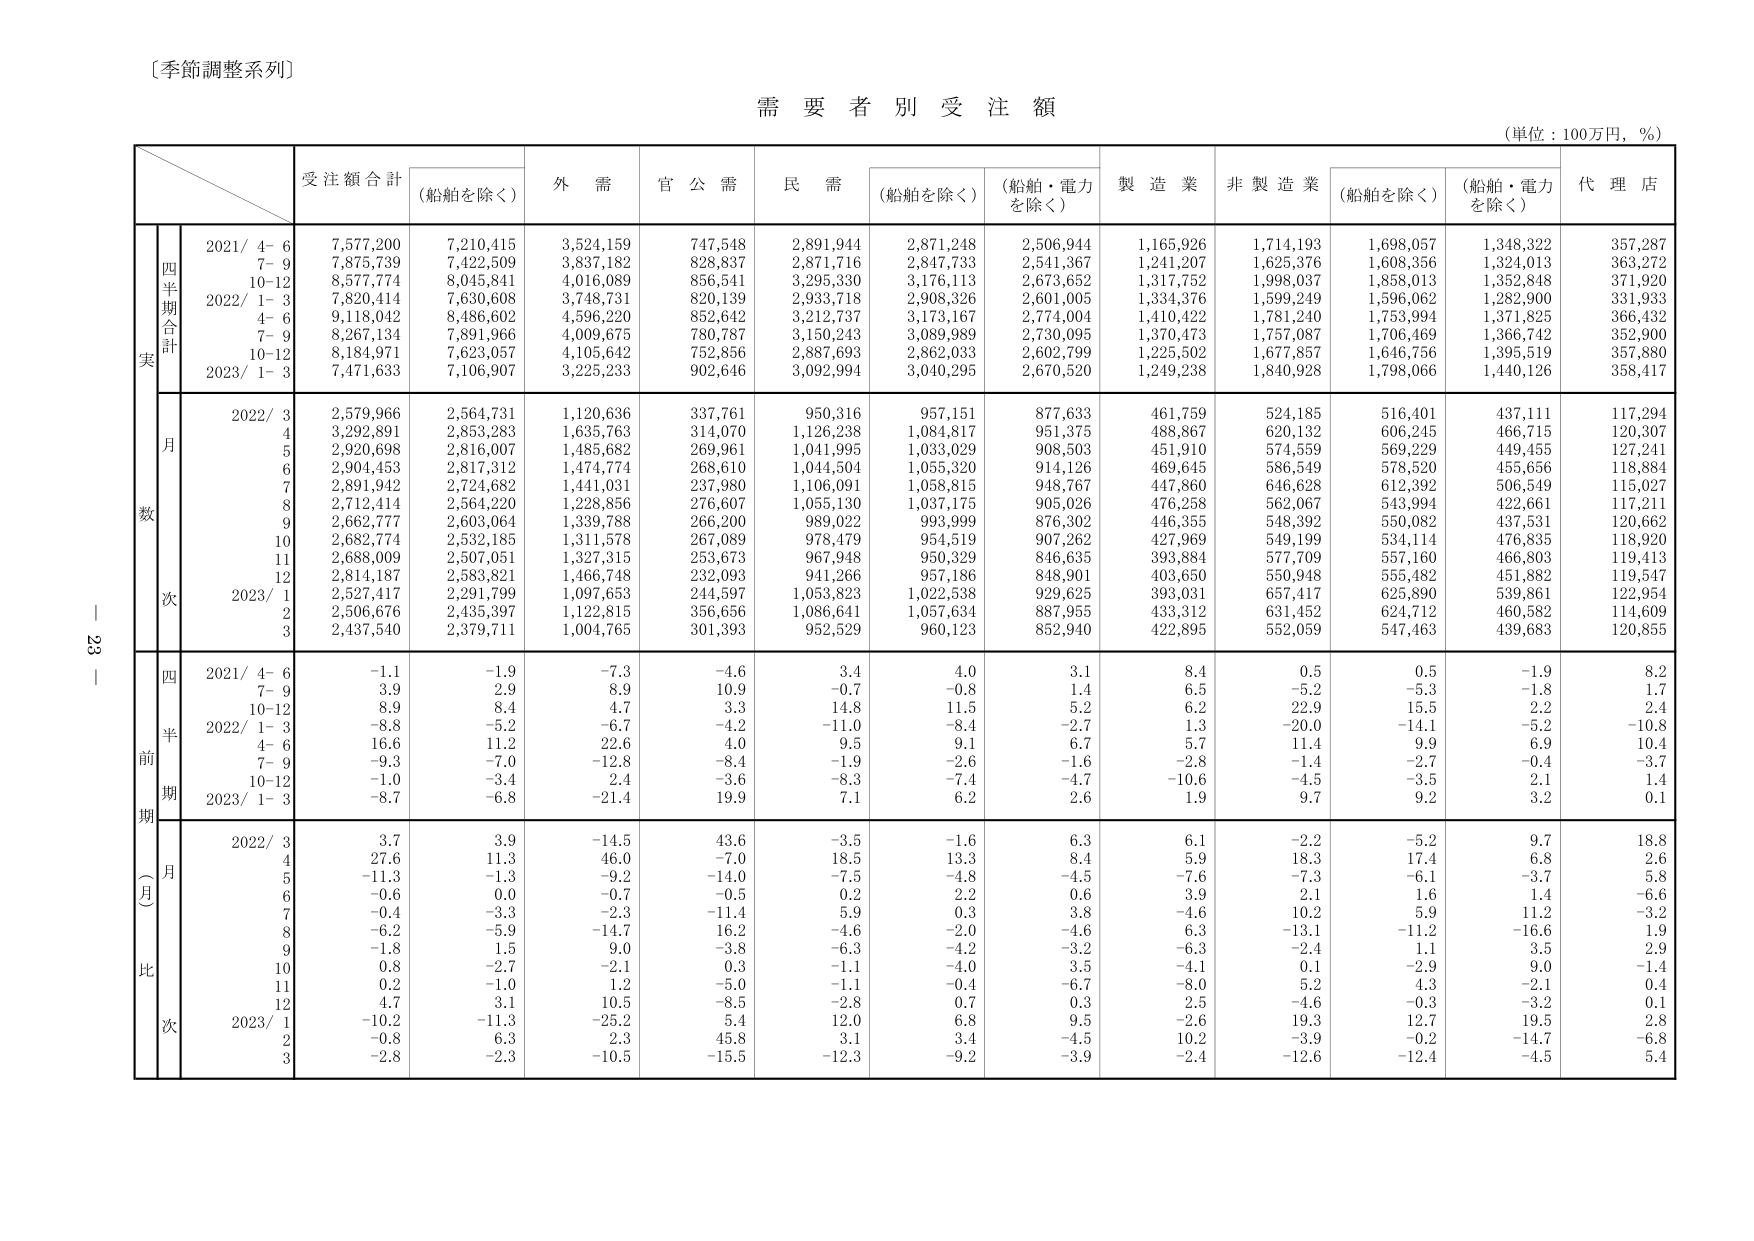
〔季節調整系列〕

需要者別受注額

（単位：100万円，％）

受注額合計　（船舶を除く）　外需　官公需　民需　（船舶を除く）　（船舶・電力を除く）　製造業　非製造業　（船舶を除く）　（船舶・電力を除く）　代理店

四半期合計
実数
2021/ 4- 6　7,577,200　7,210,415　3,524,159　747,548　2,891,944　2,871,248　2,506,944　1,165,926　1,714,193　1,698,057　1,348,322　357,287
　7- 9　7,875,739　7,422,509　3,837,182　828,837　2,871,716　2,847,733　2,541,367　1,241,207　1,625,376　1,608,356　1,324,013　363,272
　10-12　8,577,774　8,045,841　4,016,089　856,541　3,295,330　3,176,113　2,673,652　1,317,752　1,998,037　1,858,013　1,352,848　371,920
2022/ 1- 3　7,820,414　7,630,608　3,748,731　820,139　2,933,718　2,908,326　2,601,005　1,334,376　1,599,249　1,596,062　1,282,900　331,933
　4- 6　9,118,042　8,486,602　4,596,220　852,642　3,212,737　3,173,167　2,774,004　1,410,422　1,781,240　1,753,994　1,371,825　366,432
　7- 9　8,267,134　7,891,966　4,009,675　780,787　3,150,243　3,089,989　2,730,095　1,370,473　1,757,087　1,706,469　1,366,742　352,900
　10-12　8,184,971　7,623,057　4,105,642　752,856　2,887,693　2,862,033　2,602,799　1,225,502　1,677,857　1,646,756　1,395,519　357,880
2023/ 1- 3　7,471,633　7,106,907　3,225,233　902,646　3,092,994　3,040,295　2,670,520　1,249,238　1,840,928　1,798,066　1,440,126　358,417

月次
2022/ 3　2,579,966　2,564,731　1,120,636　337,761　950,316　957,151　877,633　461,759　524,185　516,401　437,111　117,294
　4　3,292,891　2,853,283　1,635,763　314,070　1,126,238　1,084,817　951,375　488,867　620,132　606,245　466,715　120,307
　5　2,920,698　2,816,007　1,485,682　269,961　1,041,995　1,033,029　908,503　451,910　574,559　569,229　449,455　127,241
　6　2,904,453　2,817,312　1,474,774　268,610　1,044,504　1,055,320　914,126　469,645　586,549　578,520　455,656　118,884
　7　2,891,942　2,724,682　1,441,031　237,980　1,106,091　1,058,815　948,767　447,860　646,628　612,392　506,549　115,027
　8　2,712,414　2,564,220　1,228,856　276,607　1,055,130　1,037,175　905,026　476,258　562,067　543,994　422,661　117,211
　9　2,662,777　2,603,064　1,339,788　266,200　989,022　993,999　876,302　446,355　548,392　550,082　437,531　120,662
　10　2,682,774　2,532,185　1,311,578　267,089　978,479　954,519　907,262　427,969　549,199　534,114　476,835　118,920
　11　2,688,009　2,507,051　1,327,315　253,673　967,948　950,329　846,635　393,884　577,709　557,160　466,803　119,413
　12　2,814,187　2,583,821　1,466,748　232,093　941,266　957,186　848,901　403,650　550,948　555,482　451,882　119,547
2023/ 1　2,527,417　2,291,799　1,097,653　244,597　1,053,823　1,022,538　929,625　393,031　657,417　625,890　539,861　122,954
　2　2,506,676　2,435,397　1,122,815　356,656　1,086,641　1,057,634　887,955　433,312　631,452　624,712　460,582　114,609
　3　2,437,540　2,379,711　1,004,765　301,393　952,529　960,123　852,940　422,895　552,059　547,463　439,683　120,855

前期（四半期）比
2021/ 4- 6　-1.1　-1.9　-7.3　-4.6　3.4　4.0　3.1　8.4　0.5　0.5　-1.9　8.2
　7- 9　3.9　2.9　8.9　10.9　-0.7　-0.8　1.4　6.5　-5.2　-5.3　-1.8　1.7
　10-12　8.9　8.4　4.7　3.3　14.8　11.5　5.2　6.2　22.9　15.5　2.2　2.4
2022/ 1- 3　-8.8　-5.2　-6.7　-4.2　-11.0　-8.4　-2.7　1.3　-20.0　-14.1　-5.2　-10.8
　4- 6　16.6　11.2　22.6　4.0　9.5　9.1　6.7　5.7　11.4　9.9　6.9　10.4
　7- 9　-9.3　-7.0　-12.8　-8.4　-1.9　-2.6　-1.6　-2.8　-1.4　-2.7　-0.4　-3.7
　10-12　-1.0　-3.4　2.4　-3.6　-8.3　-7.4　-4.7　-10.6　-4.5　-3.5　2.1　1.4
2023/ 1- 3　-8.7　-6.8　-21.4　19.9　7.1　6.2　2.6　1.9　9.7　9.2　3.2　0.1

前期（月）比
2022/ 3　3.7　3.9　-14.5　43.6　-3.5　-1.6　6.3　6.1　-2.2　-5.2　9.7　18.8
　4　27.6　11.3　46.0　-7.0　18.5　13.3　8.4　5.9　18.3　17.4　6.8　2.6
　5　-11.3　-1.3　-9.2　-14.0　-7.5　-4.8　-4.5　-7.6　-7.3　-6.1　-3.7　5.8
　6　-0.6　0.0　-0.7　-0.5　0.2　2.2　0.6　3.9　2.1　1.6　1.4　-6.6
　7　-0.4　-3.3　-2.3　-11.4　5.9　0.3　3.8　-4.6　10.2　5.9　11.2　-3.2
　8　-6.2　-5.9　-14.7　16.2　-4.6　-2.0　-4.6　6.3　-13.1　-11.2　-16.6　1.9
　9　-1.8　1.5　9.0　-3.8　-6.3　-4.2　-3.2　-6.3　-2.4　1.1　3.5　2.9
　10　0.8　-2.7　-2.1　0.3　-1.1　-4.0　3.5　-4.1　0.1　-2.9　9.0　-1.4
　11　0.2　-1.0　1.2　-5.0　-1.1　-0.4　-6.7　-8.0　5.2　4.3　-2.1　0.4
　12　4.7　3.1　10.5　-8.5　-2.8　0.7　0.3　2.5　-4.6　-0.3　-3.2　0.1
2023/ 1　-10.2　-11.3　-25.2　5.4　12.0　6.8　9.5　-2.6　19.3　12.7　19.5　2.8
　2　-0.8　6.3　2.3　45.8　3.1　3.4　-4.5　10.2　-3.9　-0.2　-14.7　-6.8
　3　-2.8　-2.3　-10.5　-15.5　-12.3　-9.2　-3.9　-2.4　-12.6　-12.4　-4.5　5.4